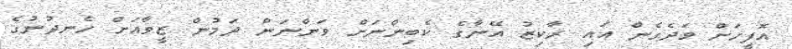
އޮފީހަށް ވަދެގެން އައި ރާކިޒު އޭނާގެ ކެބިންނަށް ވަންނަން ދަމުން ޒީވާއަށް ހެނދުނުގެ